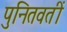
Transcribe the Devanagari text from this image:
पुनितवतीं